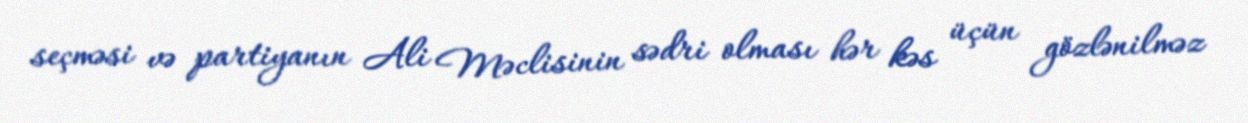
seçməsi və partiyanın Ali Məclisinin sədri olması hər kəs üçün gözlənilməz